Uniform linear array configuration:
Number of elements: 4
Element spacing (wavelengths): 1
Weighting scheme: hann
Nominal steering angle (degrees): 0
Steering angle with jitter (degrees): -1.873
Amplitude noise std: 0.05
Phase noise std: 0.05

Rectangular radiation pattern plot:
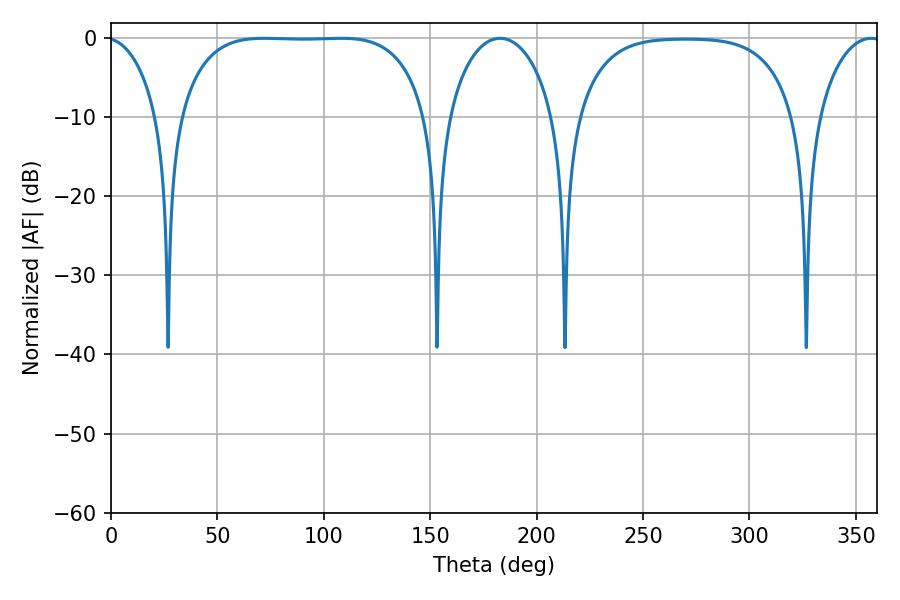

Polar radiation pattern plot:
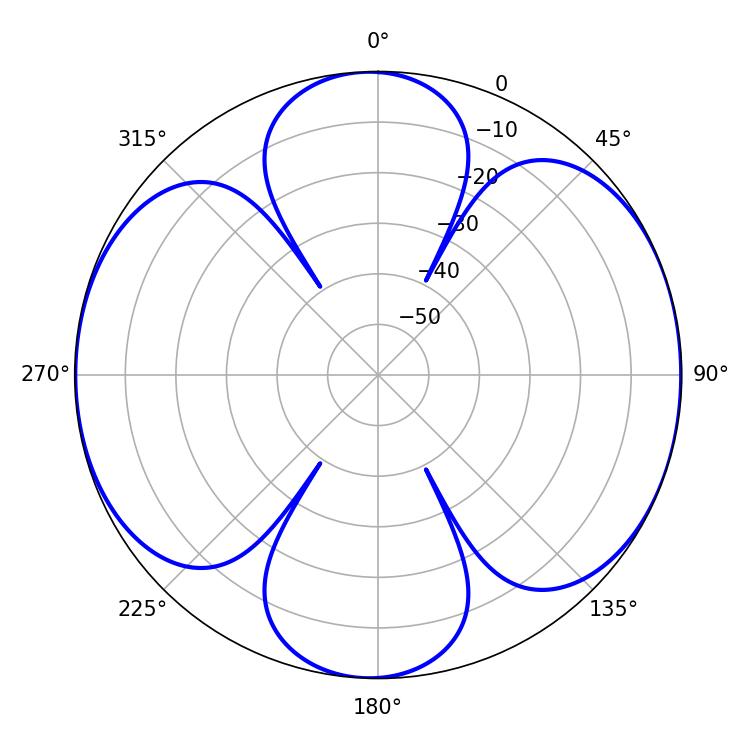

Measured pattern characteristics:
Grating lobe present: TRUE
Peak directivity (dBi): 9.937
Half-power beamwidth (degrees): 90.72
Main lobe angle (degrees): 72